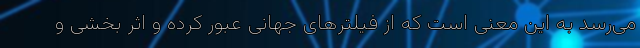
می‌رسد به این معنی است که از فیلترهای جهانی عبور کرده و اثر بخشی و